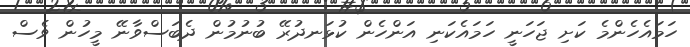
ހަމައެހެންމެ ކަށި ޖަހަނީ ހަމައެކަނި އަންހެން ކުޅަނދުރޭ ބުނުމުން ދެބަސްވާނޭ މީހުން ވެސް